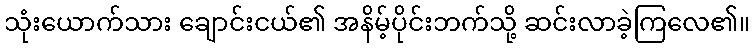
သုံးယောက်သား ချောင်းငယ်၏ အနိမ့်ပိုင်းဘက်သို့ ဆင်းလာခဲ့ကြလေ၏။